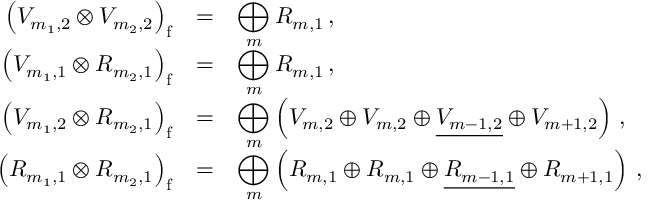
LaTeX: \begin{array} { r c l } { { { \displaystyle \left( { \cal V } _ { m _ { 1 } , 2 } \otimes { \cal V } _ { m _ { 2 } , 2 } \right) _ { \mathrm f } } } } & { { = } } & { { \displaystyle \bigoplus _ { m } { \cal R } _ { m , 1 } \, , } } \\ { { \displaystyle \left( { \cal V } _ { m _ { 1 } , 1 } \otimes { \cal R } _ { m _ { 2 } , 1 } \right) _ { \mathrm f } } } & { { = } } & { { \displaystyle \bigoplus _ { m } { \cal R } _ { m , 1 } \, , } } \\ { { \displaystyle \left( { \cal V } _ { m _ { 1 } , 2 } \otimes { \cal R } _ { m _ { 2 } , 1 } \right) _ { \mathrm f } } } & { { = } } & { { \displaystyle \bigoplus _ { m } \left( { \cal V } _ { m , 2 } \oplus { \cal V } _ { m , 2 } \oplus \underline { { { { \cal V } _ { m - 1 , 2 } } } } \oplus { \cal V } _ { m + 1 , 2 } \right) \, , } } \\ { { \displaystyle \left( { \cal R } _ { m _ { 1 } , 1 } \otimes { \cal R } _ { m _ { 2 } , 1 } \right) _ { \mathrm f } } } & { { = } } & { { \displaystyle \bigoplus _ { m } \left( { \cal R } _ { m , 1 } \oplus { \cal R } _ { m , 1 } \oplus \underline { { { { \cal R } _ { m - 1 , 1 } } } } \oplus { \cal R } _ { m + 1 , 1 } \right) \, , } } \end{array}